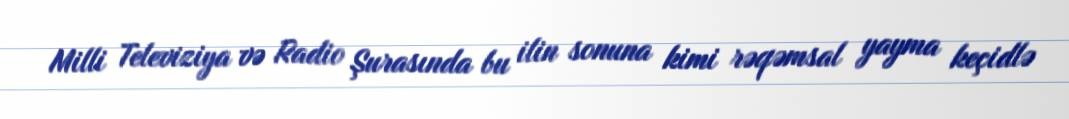
Milli Televiziya və Radio Şurasında bu ilin sonuna kimi rəqəmsal yayma keçidlə